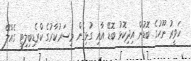
ހަވީރު ނޫހުގެ ބޮޑުން އިދިކޮޅު ބޮޑޭ އާއި ގުޅިގެން މިސަރުކާރުގެ ކްރެޑިބިލިޓީ ގެއްލޭ